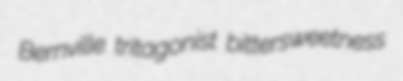
Bernville tritagonist bittersweetness